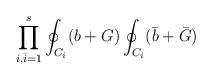
LaTeX: \begin{align*}\prod_{i,{\bar i}=1}^{s} \oint_{C_i} (b+G) \oint_{C_i} ({\bar b}+{\bar G})\end{align*}